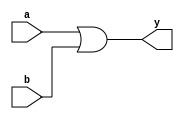
//OR gate using data flow modeling
`timescale 1ns / 1ps

module or_gate(
    input a,b,
    output y
    );
    assign y = a | b;
endmodule